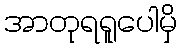
အာတုရရူပေါမှိ